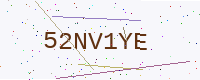
Text: 52NV1YE